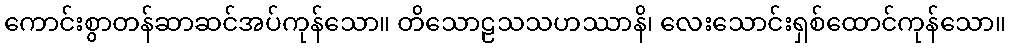
ကောင်းစွာတန်ဆာဆင်အပ်ကုန်သော။ တိသောဠသသဟဿာနိ၊ လေးသောင်းရှစ်ထောင်ကုန်သော။